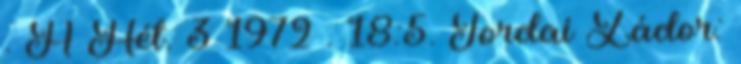
. A Hét. 3 1972 . 18:5. Tordai Zádor: